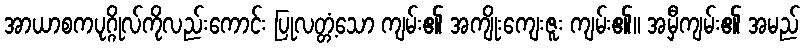
အာယာစကပုဂ္ဂိုလ်ကိုလည်းကောင်း ပြုလတ္တံ့သော ကျမ်း၏ အကျိုးကျေးဇူး ကျမ်း၏။ အမှီကျမ်း၏ အမည်